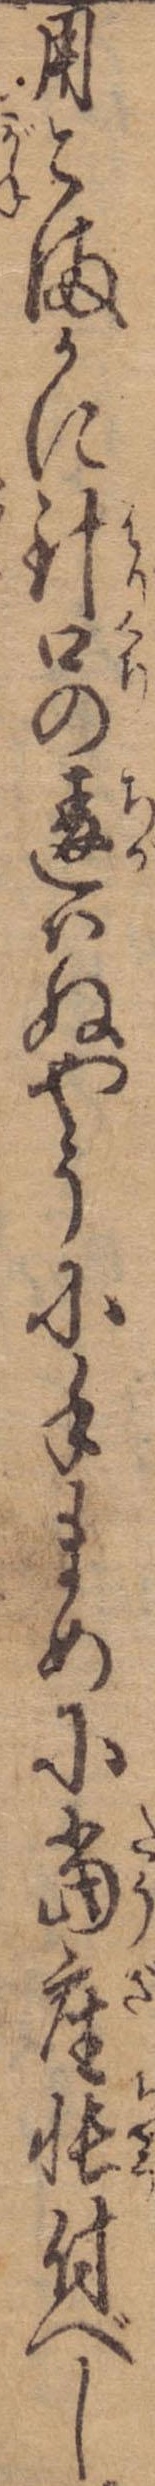
用こまかに針口の違はぬやうに手まめに当座張付べし